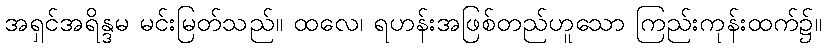
အရှင်အရိန္ဒမ မင်းမြတ်သည်။ ထလေ၊ ရဟန်းအဖြစ်တည်ဟူသော ကြည်းကုန်းထက်၌။